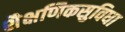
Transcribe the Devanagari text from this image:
शैक्षणिकसुविधा